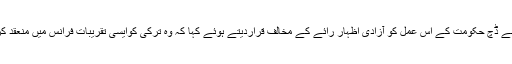
جبکہ فرانس اور دیگر ممالک نے ڈچ حکومت کے اس عمل کو آزادی اظہار رائے کے مخالف قراردیتے ہوئے کہا کہ وہ ترکی کوایسی تقریبات فرانس میں منعقد کرنے سے ہرگز نہیں روکے گا۔